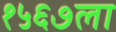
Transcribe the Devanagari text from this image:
१५६७ला